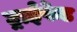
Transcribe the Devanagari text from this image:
ट्राईफेड